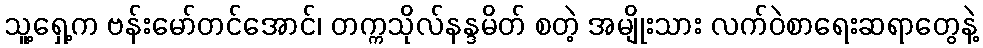
သူ့ရှေ့က ဗန်းမော်တင်အောင်၊ တက္ကသိုလ်နန္ဒမိတ် စတဲ့ အမျိုးသား လက်ဝဲစာရေးဆရာတွေနဲ့